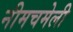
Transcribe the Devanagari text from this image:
नीमचमेली